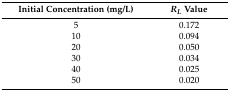
<table><thead><tr><td><b>Initial Concentration (mg/L)</b></td><td><b><i>R<sub>L</sub></i> Value</b></td></tr></thead><tbody><tr><td>5</td><td>0.172</td></tr><tr><td>10</td><td>0.094</td></tr><tr><td>20</td><td>0.050</td></tr><tr><td>30</td><td>0.034</td></tr><tr><td>40</td><td>0.025</td></tr><tr><td>50</td><td>0.020</td></tr></tbody></table>